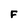
Character: F